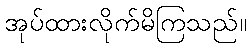
အုပ်ထားလိုက်မိကြသည်။